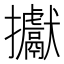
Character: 㩵